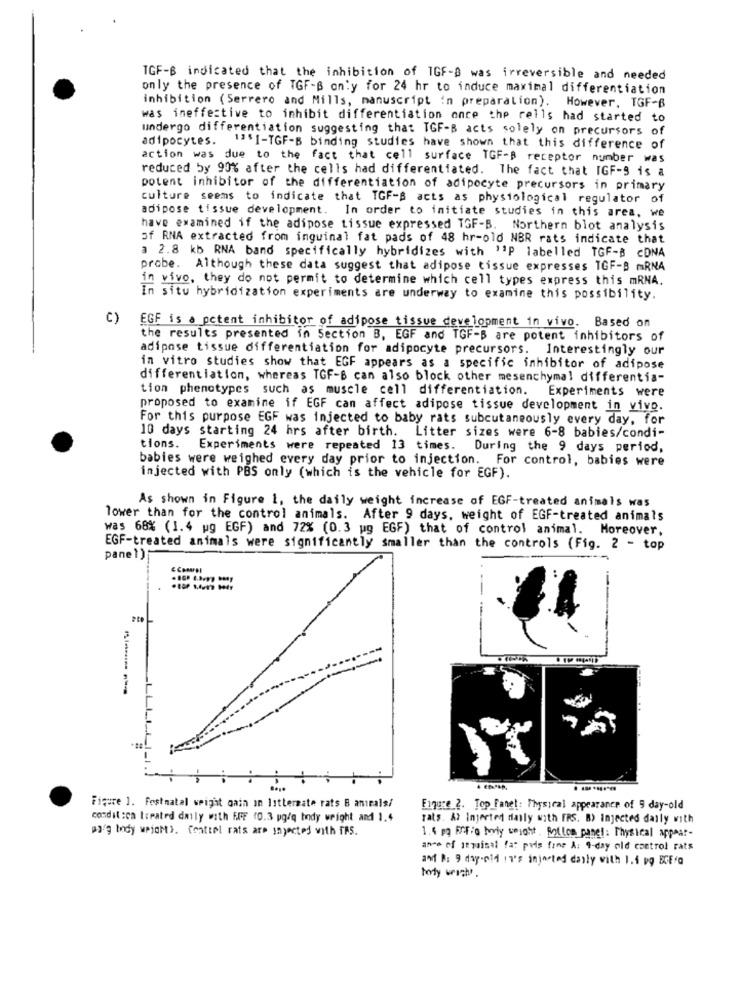
TGF-B indicated that the inhibition of IGF-0 was irreversible and needed
only the presence of TGF-B only for 24 hr to induce maximal differentiation
inhibition (Serrero and Mills, manuscript in preparation). However, TGF-B
was ineffective to inhibit differentiation once the rells had started to
undergo differentiation suggesting that TGF-B acts solely on precursors of
adipocytes. 1ª'I-TGF-B binding studies have shown that this difference of
action was due to the fact that cell surface TGF-B receptor number was
reduced by 90% after the cells had differentiated. The fact that IGF-9 is a
potent inhibitor of the differentiation of adipocyte precursors in primary
culture seems to indicate that TGF-B acts as physiological regulator of
adipose tissue development. In order to initiate studies in this area, we
have examined if the adipose tissue expressed TGF-B. Northern blot analysis
of RNA extracted from inguinal fat pads of 48 hr-old NBR rats indicate that
a 2.8 kb RNA band specifically hybridizes with 'P labelled TGF-B cDNA
probe. Although these data suggest that adipose tissue expresses TGF-B mRNA
in vivo, they do not permit to determine which cell types express this mRNA.
In situ hybridization experiments are underway to examine this possibility.
C)
EGF is a potent inhibitor of adipose tissue development in vivo. Based on
the results presented in Section B, EGF and TGF-B are potent inhibitors of
adipose tissue differentiation for adipocyte precursors. Interestingly our
in vitro studies show that EGF appears as a specific inhibitor of adipose
differentiation, whereas TGF-6 can also block other mesenchymal differentia-
tion phenotypes such as muscle cell differentiation. Experiments were
proposed to examine if EGF can affect adipose tissue development in vivo.
For this purpose EGF was injected to baby rats subcutaneously every day, for
10 days starting 24 hrs after birth. Litter sizes were 6-8 babies/condi-
tions.
Experiments were repeated 13 times.
During the 9 days period,
babies were weighed every day prior to injection. For control, babies were
injected with PBS only (which is the vehicle for EGF).
As shown in Figure 1, the daily weight increase of EGF-treated animals was
lower than for the control animals. After 9 days, weight of EGF-treated animals
was 68% (1.4 ug EGF) and 72% (0.3 ug EGF) that of control animal. Moreover,
EGF-treated animals were significantly smaller than the controls (Fig. 2 - top
pane 1)
-LL
. .........
Figure 1. Festnatal weight gain In Istlersate rats B animals/
Figure 2. Top Fanet: Physical appearance of 5 day-old
condit:ca treated daily with FFF (0.3 pg/q body weight and 1.4
rats. A> Injected daily with ERS. B> Injected daily with
paig body weight). Central rats are injected with FRS.
1.4 mg FRF:@ hoiy weight. Rollen panel: Physical appear-
ance of strainal far puis fine A: 9-day old castrol rats
and P: 9 daysold 17's injected danly with 1.5 vq ECE/@
forty wish .